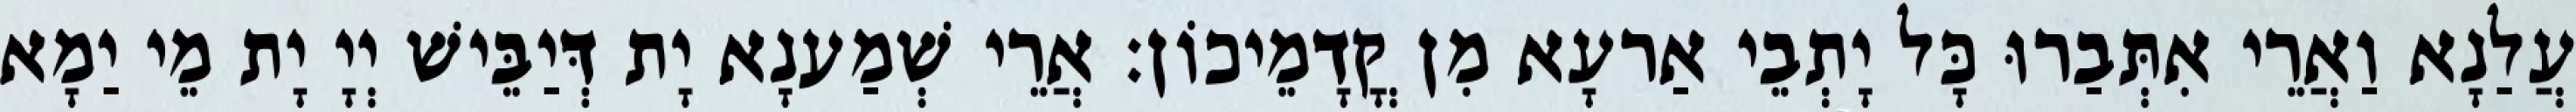
עֲלַנָא וַאֲרֵי אִתְּבַרוּ כָּל יָתְבֵי אַרעָא מִן קֳדָמֵיכוֹן׃ אֲרֵי שְׁמַענָא יָת דְּיַבֵּישׁ יְיָ יָת מֵי יַמָא